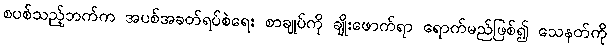
စပစ်သည့်ဘက်က အပစ်အခတ်ရပ်စဲရေး စာချုပ်ကို ချိုးဖောက်ရာ ရောက်မည်ဖြစ်၍ သေနတ်ကို